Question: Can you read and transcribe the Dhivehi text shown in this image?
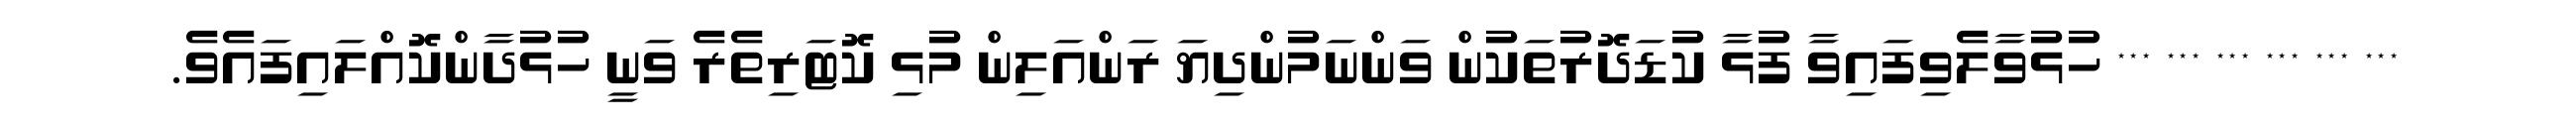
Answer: *** *** *** *** *** *** ހުޅުވާލެވިފައިވާ ފުޅާ ކުޑަދޮރުތަކުން ވަންނަމުންދިޔަ ރަންއަލިން މުޅި ކޮޓަރިތެރެ ވަނީ ހުޅުދާންކޮއްލައިފައެވެ.